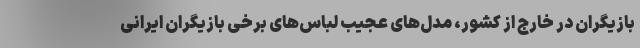
بازیگران در خارج از کشور، مدل‌های عجیب لباس‌های برخی بازیگران ایرانی